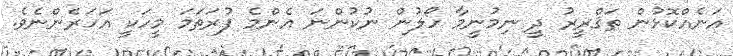
އަނެއްކޮޅުން ތަޤްރީރު ދީ ނިމުނީމާ ހޯލުން ނުކުންނަ އެންމެ ފުރަތަމަ މީހަކީ އަހަރެންނެވެ.